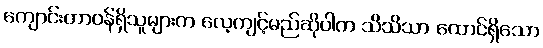
ကျောင်းတာဝန်ရှိသူများက လေ့ကျင့်မည်ဆိုပါက သိသိသာ ထောင်ရှိသော